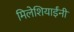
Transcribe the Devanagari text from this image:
मिलेशियाईंनी